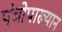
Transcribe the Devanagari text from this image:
पंचोपाख्यान